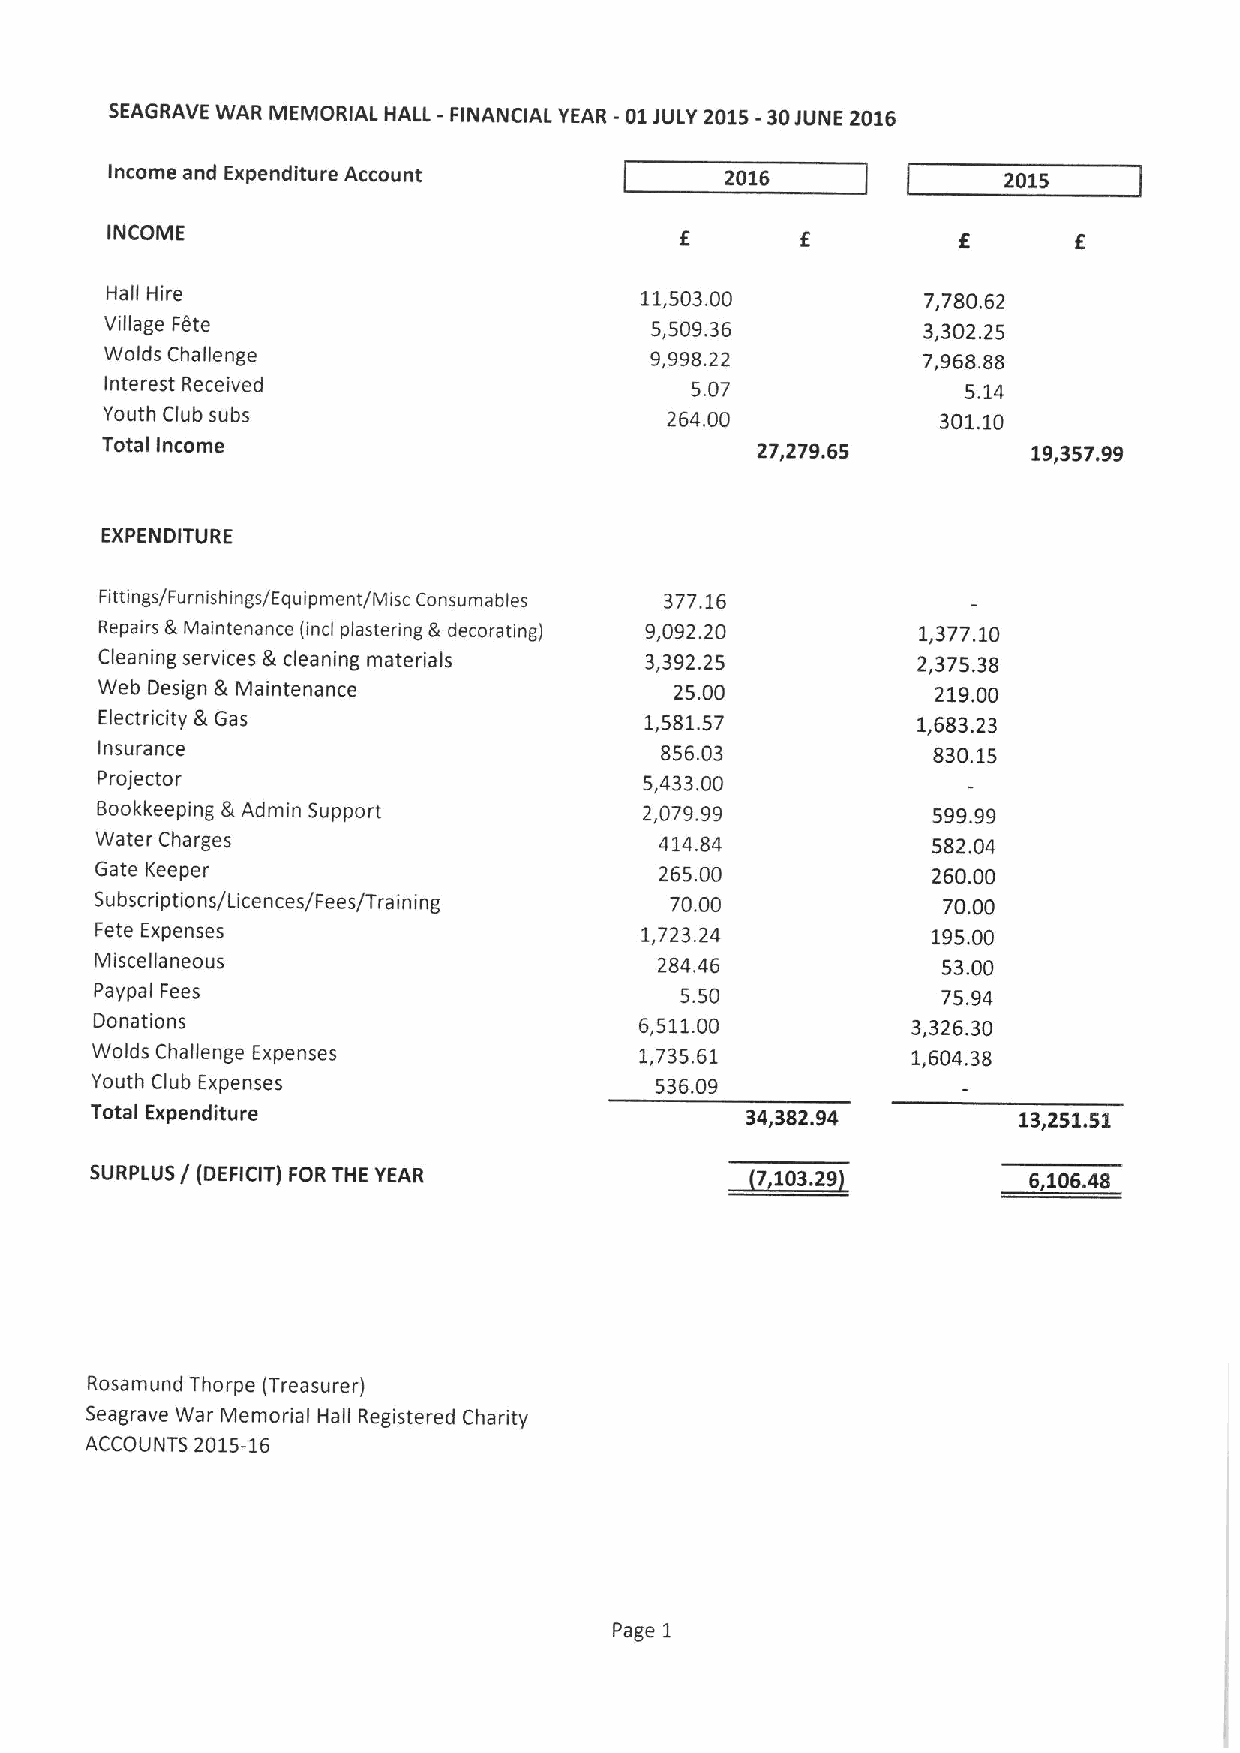
SEAGRAVE WAR MEMORIAL HALL - FINANCIAL YEAR -01JULY 2015-30JUNE 2016
 Income and Expenditure Account           2016              2015
 INCOME
 Hall Hire                          11,503.00          7,780.62
 Village Fete                        5,509.36          3,302.25
 Wolds Challenge                     9,998.22          7,968.88
 interest Received                      5.07              5.14
 Youth Club subs                      264.00            301.10
 Total Income                               27,279.65         19,357.99
 EXPENDITURE
 Fittings/Furnishings/Equipment/Misc Consumables 377.16
 Repairs &Maintenance (incl plastering &decorating) 9,092.20 1,377.10
 Cleaning services &cleaning materials 3,392.25        2,375.38
 Web Design &Maintenance               25.00            219.00
 Electricity &Gas                    1,581.57          1,683.23
 Insurance                             856.03            830.15
 Projector                            5,433.00
 Bookkeeping &Admin Support           2,079.99           599.99
 Water Charges                         414.84            582.04
 Gate Keeper                           265.00            260.00
 Subscriptions/Licences/Fees/Training  70.00             70.00
 Fete Expenses                       1,723.24            195.00
 Ivliscellaneous                       284.46            53.00
 Paypal Fees                            5.50             75.94
 Donations                           6,511.00          3,326.30
 Wolds Challenge Expenses            1,735.61          1,604.38
 Youth Club Expenses                  536.09
 Total Expenditure                          34,382.94         13,251.51
 SURPLUS / (DEFICIT) FOR THE YEAR            7 103.29          6,106.48
 Rosamund Thorpe (Treasurer)
 Seagrave War Memorial Hall Registered Charity
 ACCOUNTS 2015-16
 Page 1